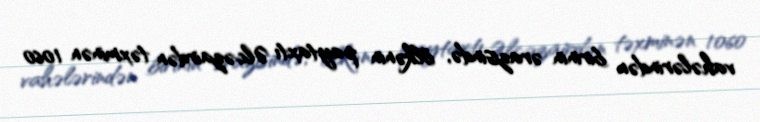
vahələrindən birinin ərazisində, ölkənin paytaxtı Əlcəzairdən təxminən 1060